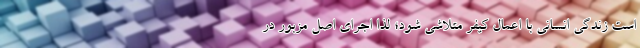
است زندگی انسانی با اعمال کیفر متلاشی شود؛ لذا اجرای اصل مزبور در